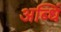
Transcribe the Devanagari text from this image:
अब्धिं